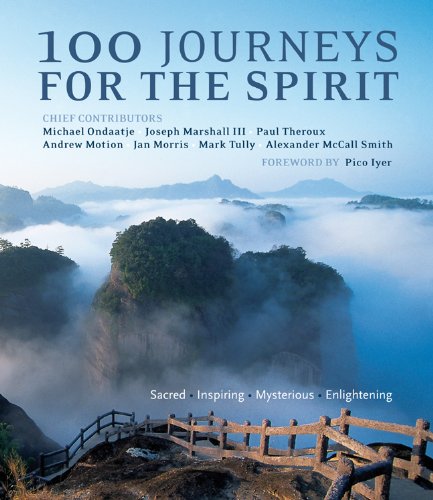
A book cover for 100 Journeys for the Spirit: Sacred*Inspiring*Mysterious*Enlightening; Travel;